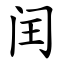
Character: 闰